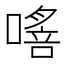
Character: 𠾈